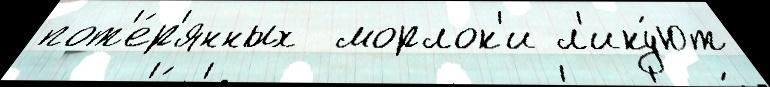
пот'е́р'янных  морлок'и л'ику́ют